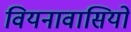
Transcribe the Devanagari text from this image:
वियनावासियों